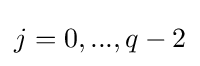
j=0,...,q-2